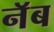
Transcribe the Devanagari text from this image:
नॅब